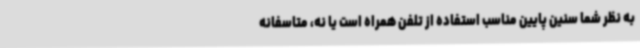
به نظر شما سنین پایین مناسب استفاده از تلفن همراه است یا نه، متاسفانه